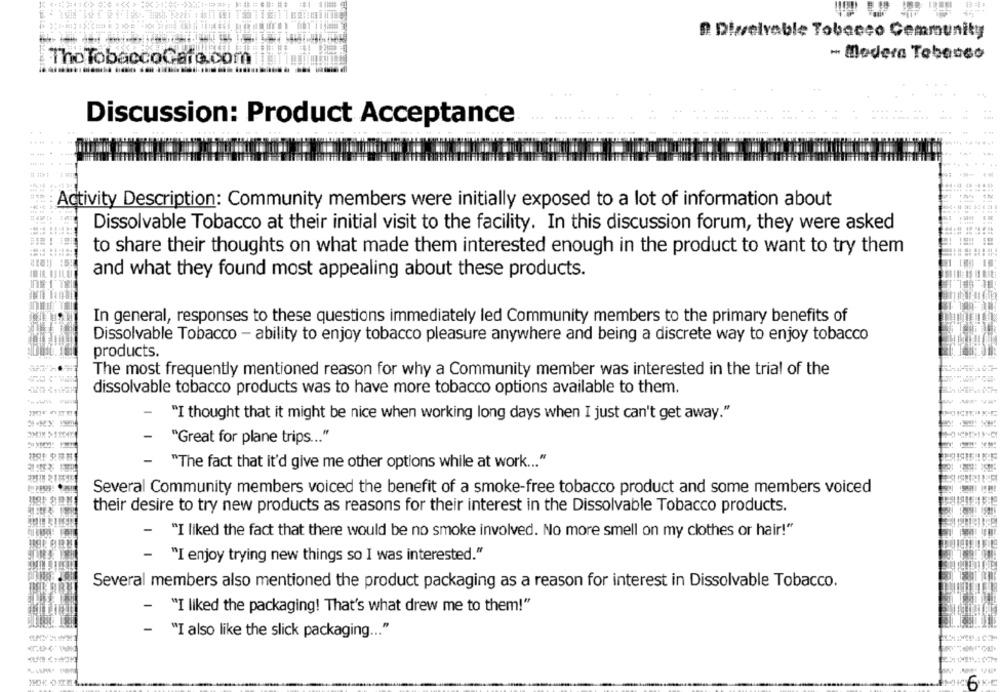
D. Dizselvable Tobacco Community
- Madera Tebasso
The TobaccoGafe.com
Discussion: Product Acceptance
Activity Description: Community members were initially exposed to a lot of information about
Dissolvable Tobacco at their initial visit to the facility. In this discussion forum, they were asked
to share their thoughts on what made them interested enough in the product to want to try them
and what they found most appealing about these products.
In general, responses to these questions immediately led Community members to the primary benefits of
Dissolvable Tobacco - ability to enjoy tobacco pleasure anywhere and being a discrete way to enjoy tobacco
products.
The most frequently mentioned reason for why a Community member was interested in the trial of the
dissolvable tobacco products was to have more tobacco options available to them.
-
"I thought that it might be nice when working long days when I just can't get away."
-
"Great for plane trips ... "
-
"The fact that it'd give me other options while at work ... "
Several Community members voiced the benefit of a smoke-free tobacco product and some members voiced
their desire to try new products as reasons for their interest in the Dissolvable Tobacco products.
-
"I liked the fact that there would be no smoke involved. No more smell on my clothes or hair!"
- "I enjoy trying new things so I was interested."
Several members also mentioned the product packaging as a reason for interest in Dissolvable Tobacco.
- "I liked the packaging! That's what drew me to them!"
- "I also like the slick packaging ... "
6